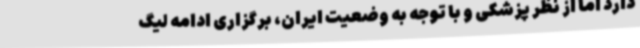
دارد اما از نظر پزشکی و با توجه به وضعیت ایران، برگزاری ادامه لیگ